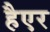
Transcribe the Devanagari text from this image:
हैएर